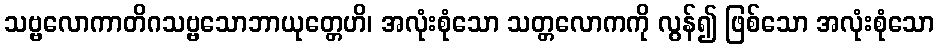
သဗ္ဗလောကာတိဂသဗ္ဗသောဘာယုတ္တေဟိ၊ အလုံးစုံသော သတ္တလောကကို လွန်၍ ဖြစ်သော အလုံးစုံသော